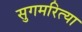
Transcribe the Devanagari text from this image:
सुगमरित्या